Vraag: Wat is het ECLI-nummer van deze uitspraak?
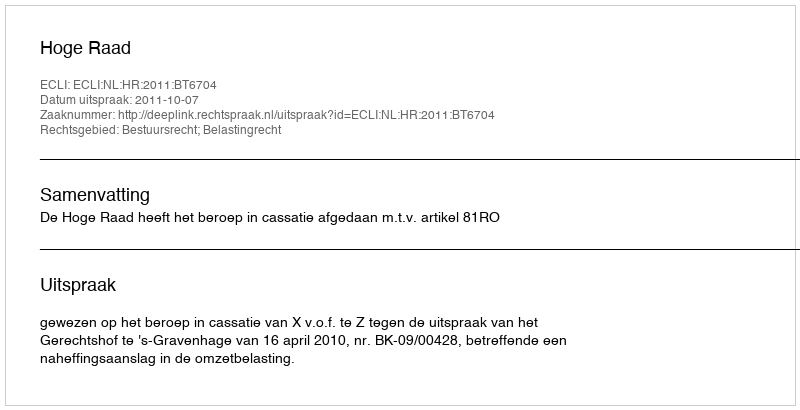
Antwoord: ECLI:NL:HR:2011:BT6704